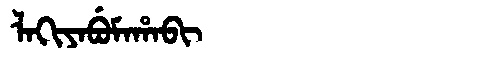
Manchu: ᠯᠠᡴᡳᠶᠠᠪᡠᠮᠠᡥᠠᠪᡳ
Romanization: LAKIYABUMAHABI